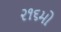
૨૧૬મો